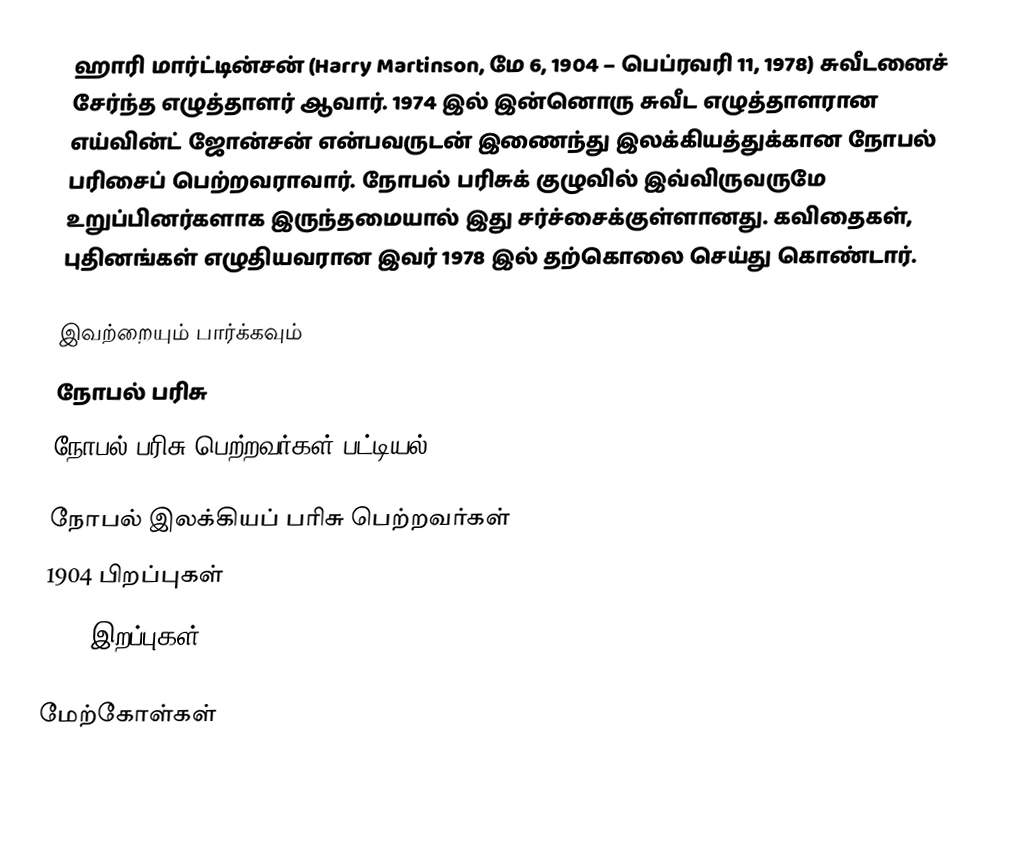
ஹாரி மார்ட்டின்சன் (Harry Martinson, மே 6, 1904 – பெப்ரவரி 11, 1978) சுவீடனைச் சேர்ந்த எழுத்தாளர் ஆவார். 1974 இல் இன்னொரு சுவீட எழுத்தாளரான எய்வின்ட் ஜோன்சன் என்பவருடன் இணைந்து இலக்கியத்துக்கான நோபல் பரிசைப் பெற்றவராவார். நோபல் பரிசுக் குழுவில் இவ்விருவருமே உறுப்பினர்களாக இருந்தமையால் இது சர்ச்சைக்குள்ளானது. கவிதைகள், புதினங்கள் எழுதியவரான இவர் 1978 இல் தற்கொலை செய்து கொண்டார்.

இவற்றையும் பார்க்கவும்
 நோபல் பரிசு
 நோபல் பரிசு பெற்றவர்கள் பட்டியல்

நோபல் இலக்கியப் பரிசு பெற்றவர்கள்
1904 பிறப்புகள்
1978 இறப்புகள்

மேற்கோள்கள்